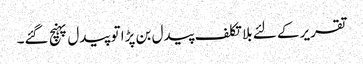
تقریر کے لئے بلا تکلف پیدل بن پڑا تو پیدل پہنچ گئے۔